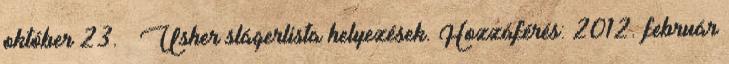
október 23. ↑ Usher slágerlista helyezések. Hozzáférés: 2012. február